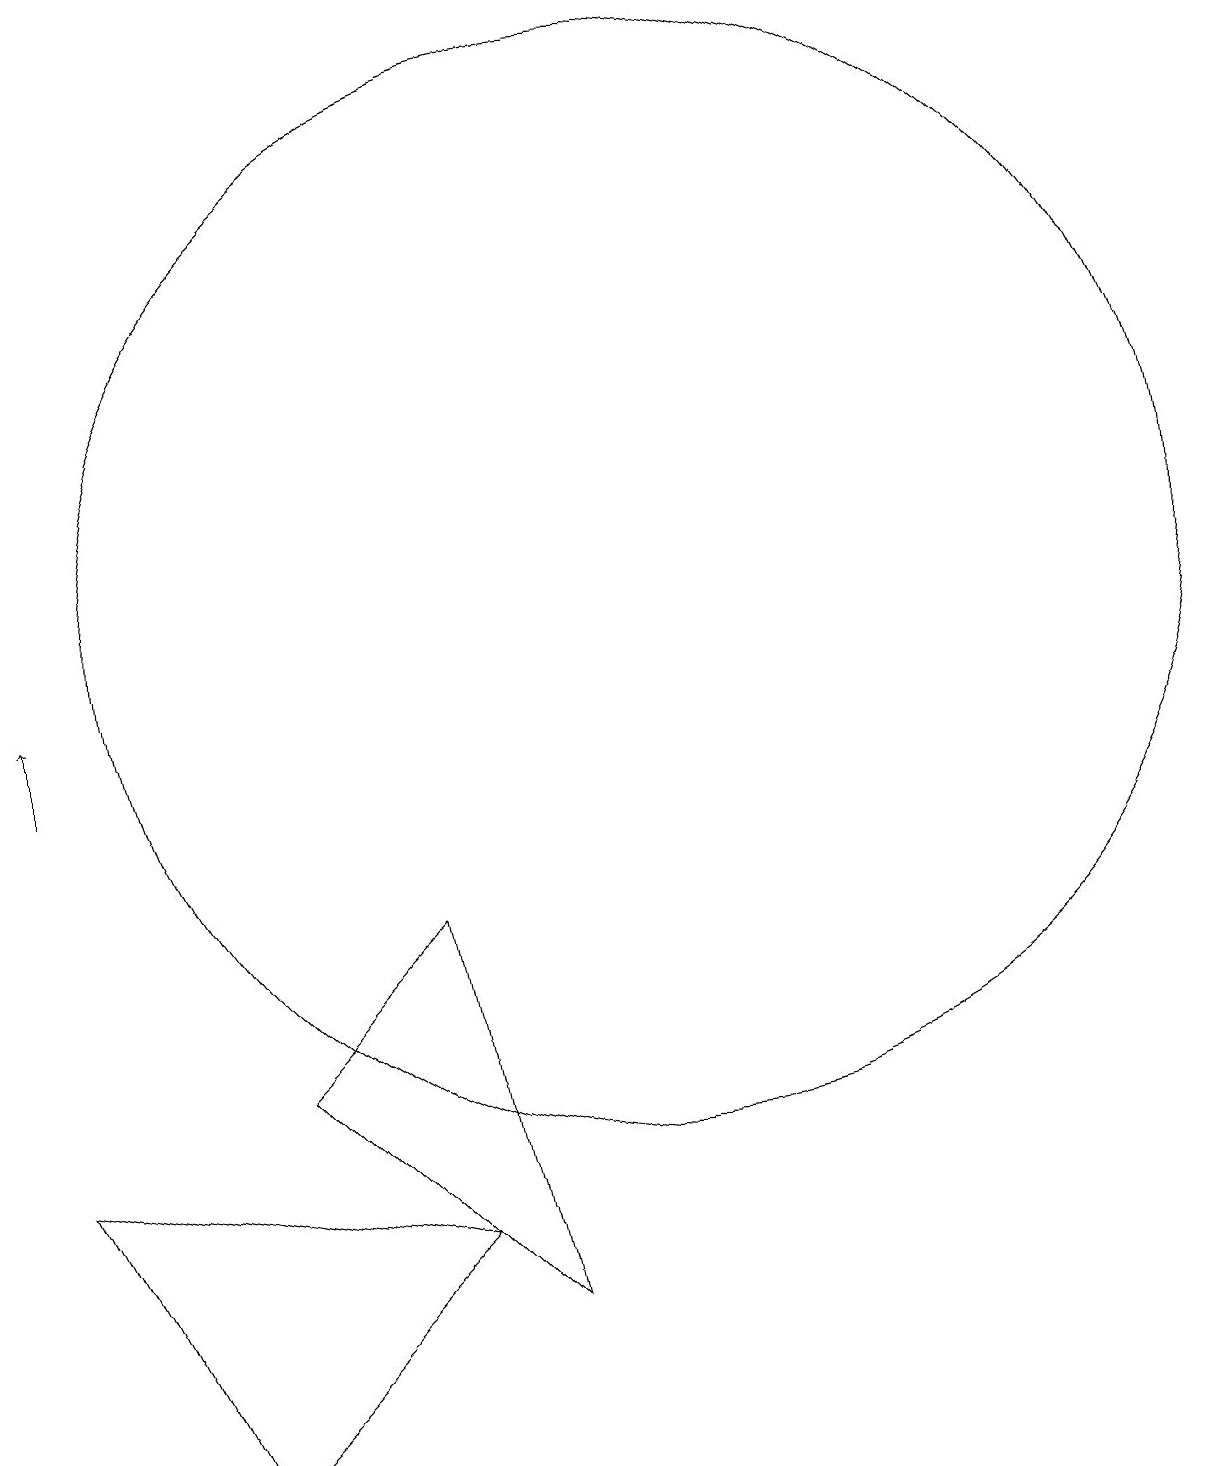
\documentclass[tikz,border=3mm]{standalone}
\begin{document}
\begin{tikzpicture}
\draw (3,5) -- (8,4) -- (5,1) -- cycle;
\draw[->] (3,10) -- (3,11);
\draw (9,3) -- (6,6) -- (8,8) -- cycle;
\draw (11,12) circle (7);
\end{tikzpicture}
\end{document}